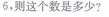
6，则这个数是多少?